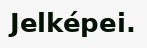
Jelképei.